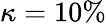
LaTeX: \kappa=10\%